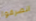
انصرفوا